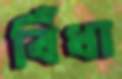
বিঁধা